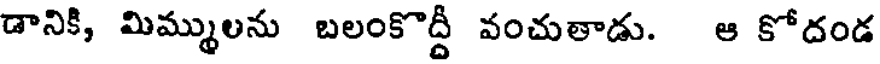
డానికి, మిమ్ములను బలంకొద్దీ వంచుతాడు. ఆ కోదండ